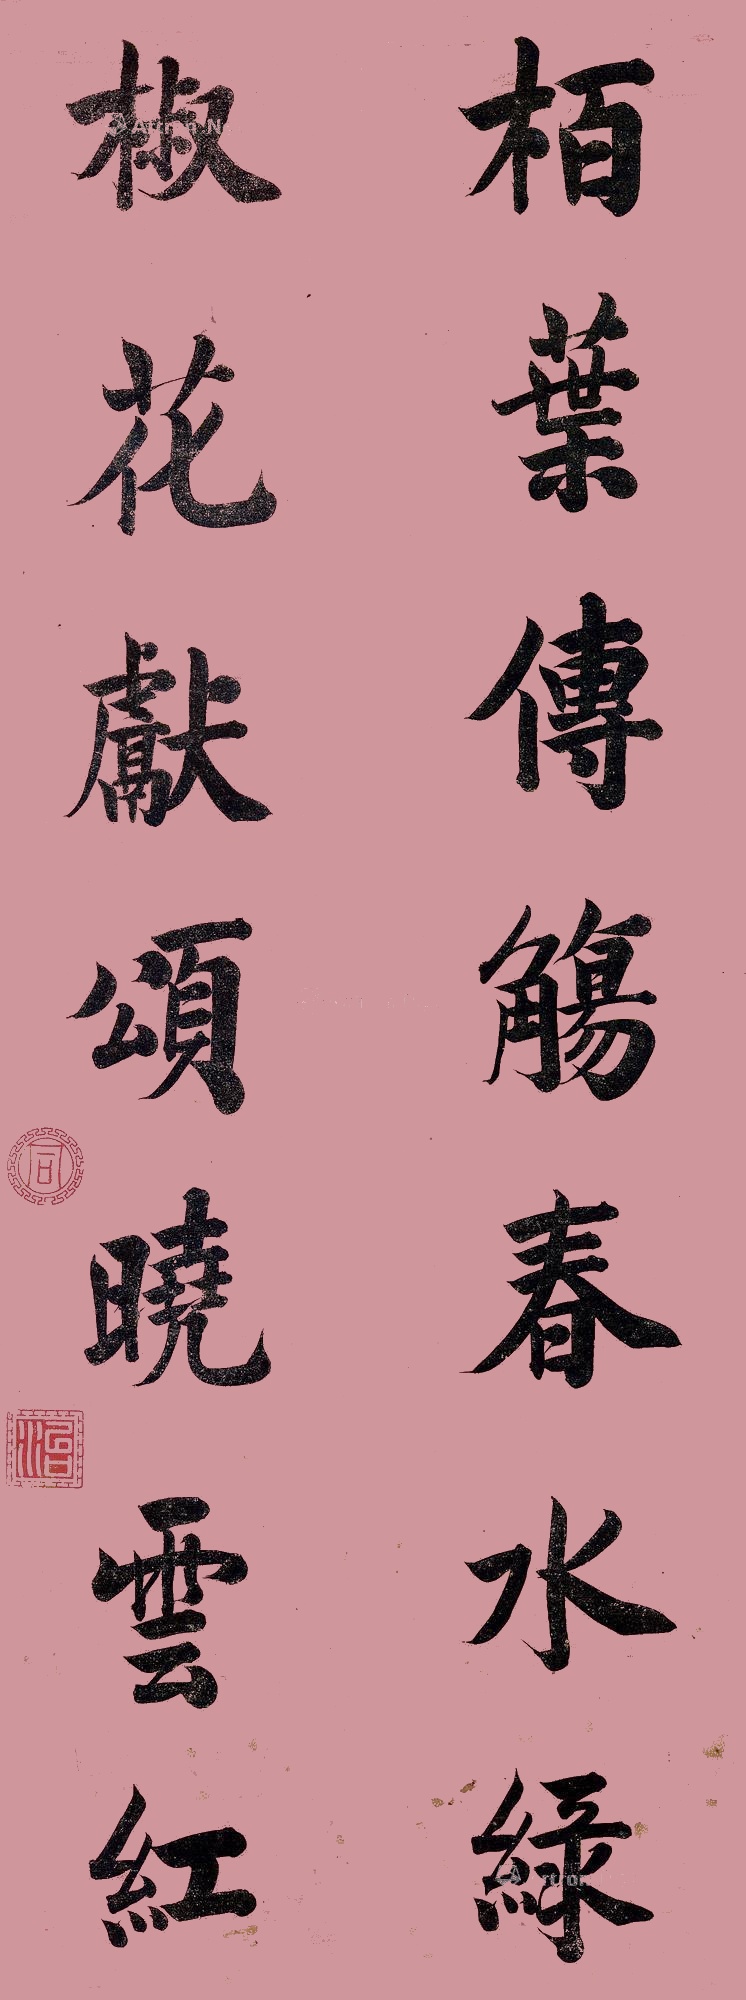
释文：栢叶传觞春水绿，椒花献颂晓云红。同、治